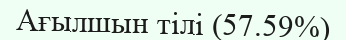
Ағылшын тілі (57.59%)